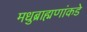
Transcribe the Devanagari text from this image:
मधुब्राह्मणांकडे